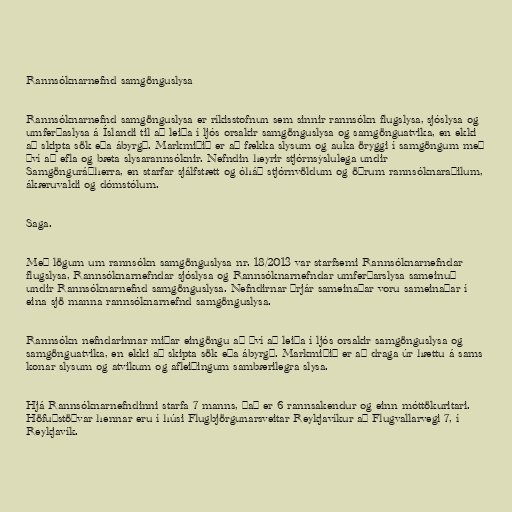
Rannsóknarnefnd samgönguslysa

Rannsóknarnefnd samgönguslysa er ríkisstofnun sem sinnir rannsókn flugslysa, sjóslysa og
umferðaslysa á Íslandi til að leiða í ljós orsakir samgönguslysa og samgönguatvika, en ekki
að skipta sök eða ábyrgð. Markmiðið er að fækka slysum og auka öryggi í samgöngum með
því að efla og bæta slysarannsóknir. Nefndin heyrir stjórnsýslulega undir
Samgönguráðherra, en starfar sjálfstætt og óháð stjórnvöldum og öðrum rannsóknaraðilum,
ákæruvaldi og dómstólum.

Saga.

Með lögum um rannsókn samgönguslysa nr. 18/2013 var starfsemi Rannsóknarnefndar
flugslysa, Rannsóknarnefndar sjóslysa og Rannsóknarnefndar umferðarslysa sameinuð
undir Rannsóknarnefnd samgönguslysa. Nefndirnar þrjár sameinaðar voru sameinaðar í
eina sjö manna rannsóknarnefnd samgönguslysa.

Rannsókn nefndarinnar miðar eingöngu að því að leiða í ljós orsakir samgönguslysa og
samgönguatvika, en ekki að skipta sök eða ábyrgð. Markmiðið er að draga úr hættu á sams
konar slysum og atvikum og afleiðingum sambærilegra slysa.

Hjá Rannsóknarnefndinni starfa 7 manns, það er 6 rannsakendur og einn móttökuritari.
Höfuðstöðvar hennar eru í húsi Flugbjörgunarsveitar Reykjavíkur að Flugvallarvegi 7, í
Reykjavík.